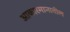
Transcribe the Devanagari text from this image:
आकारमानातील